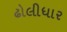
ઢોલીધાર